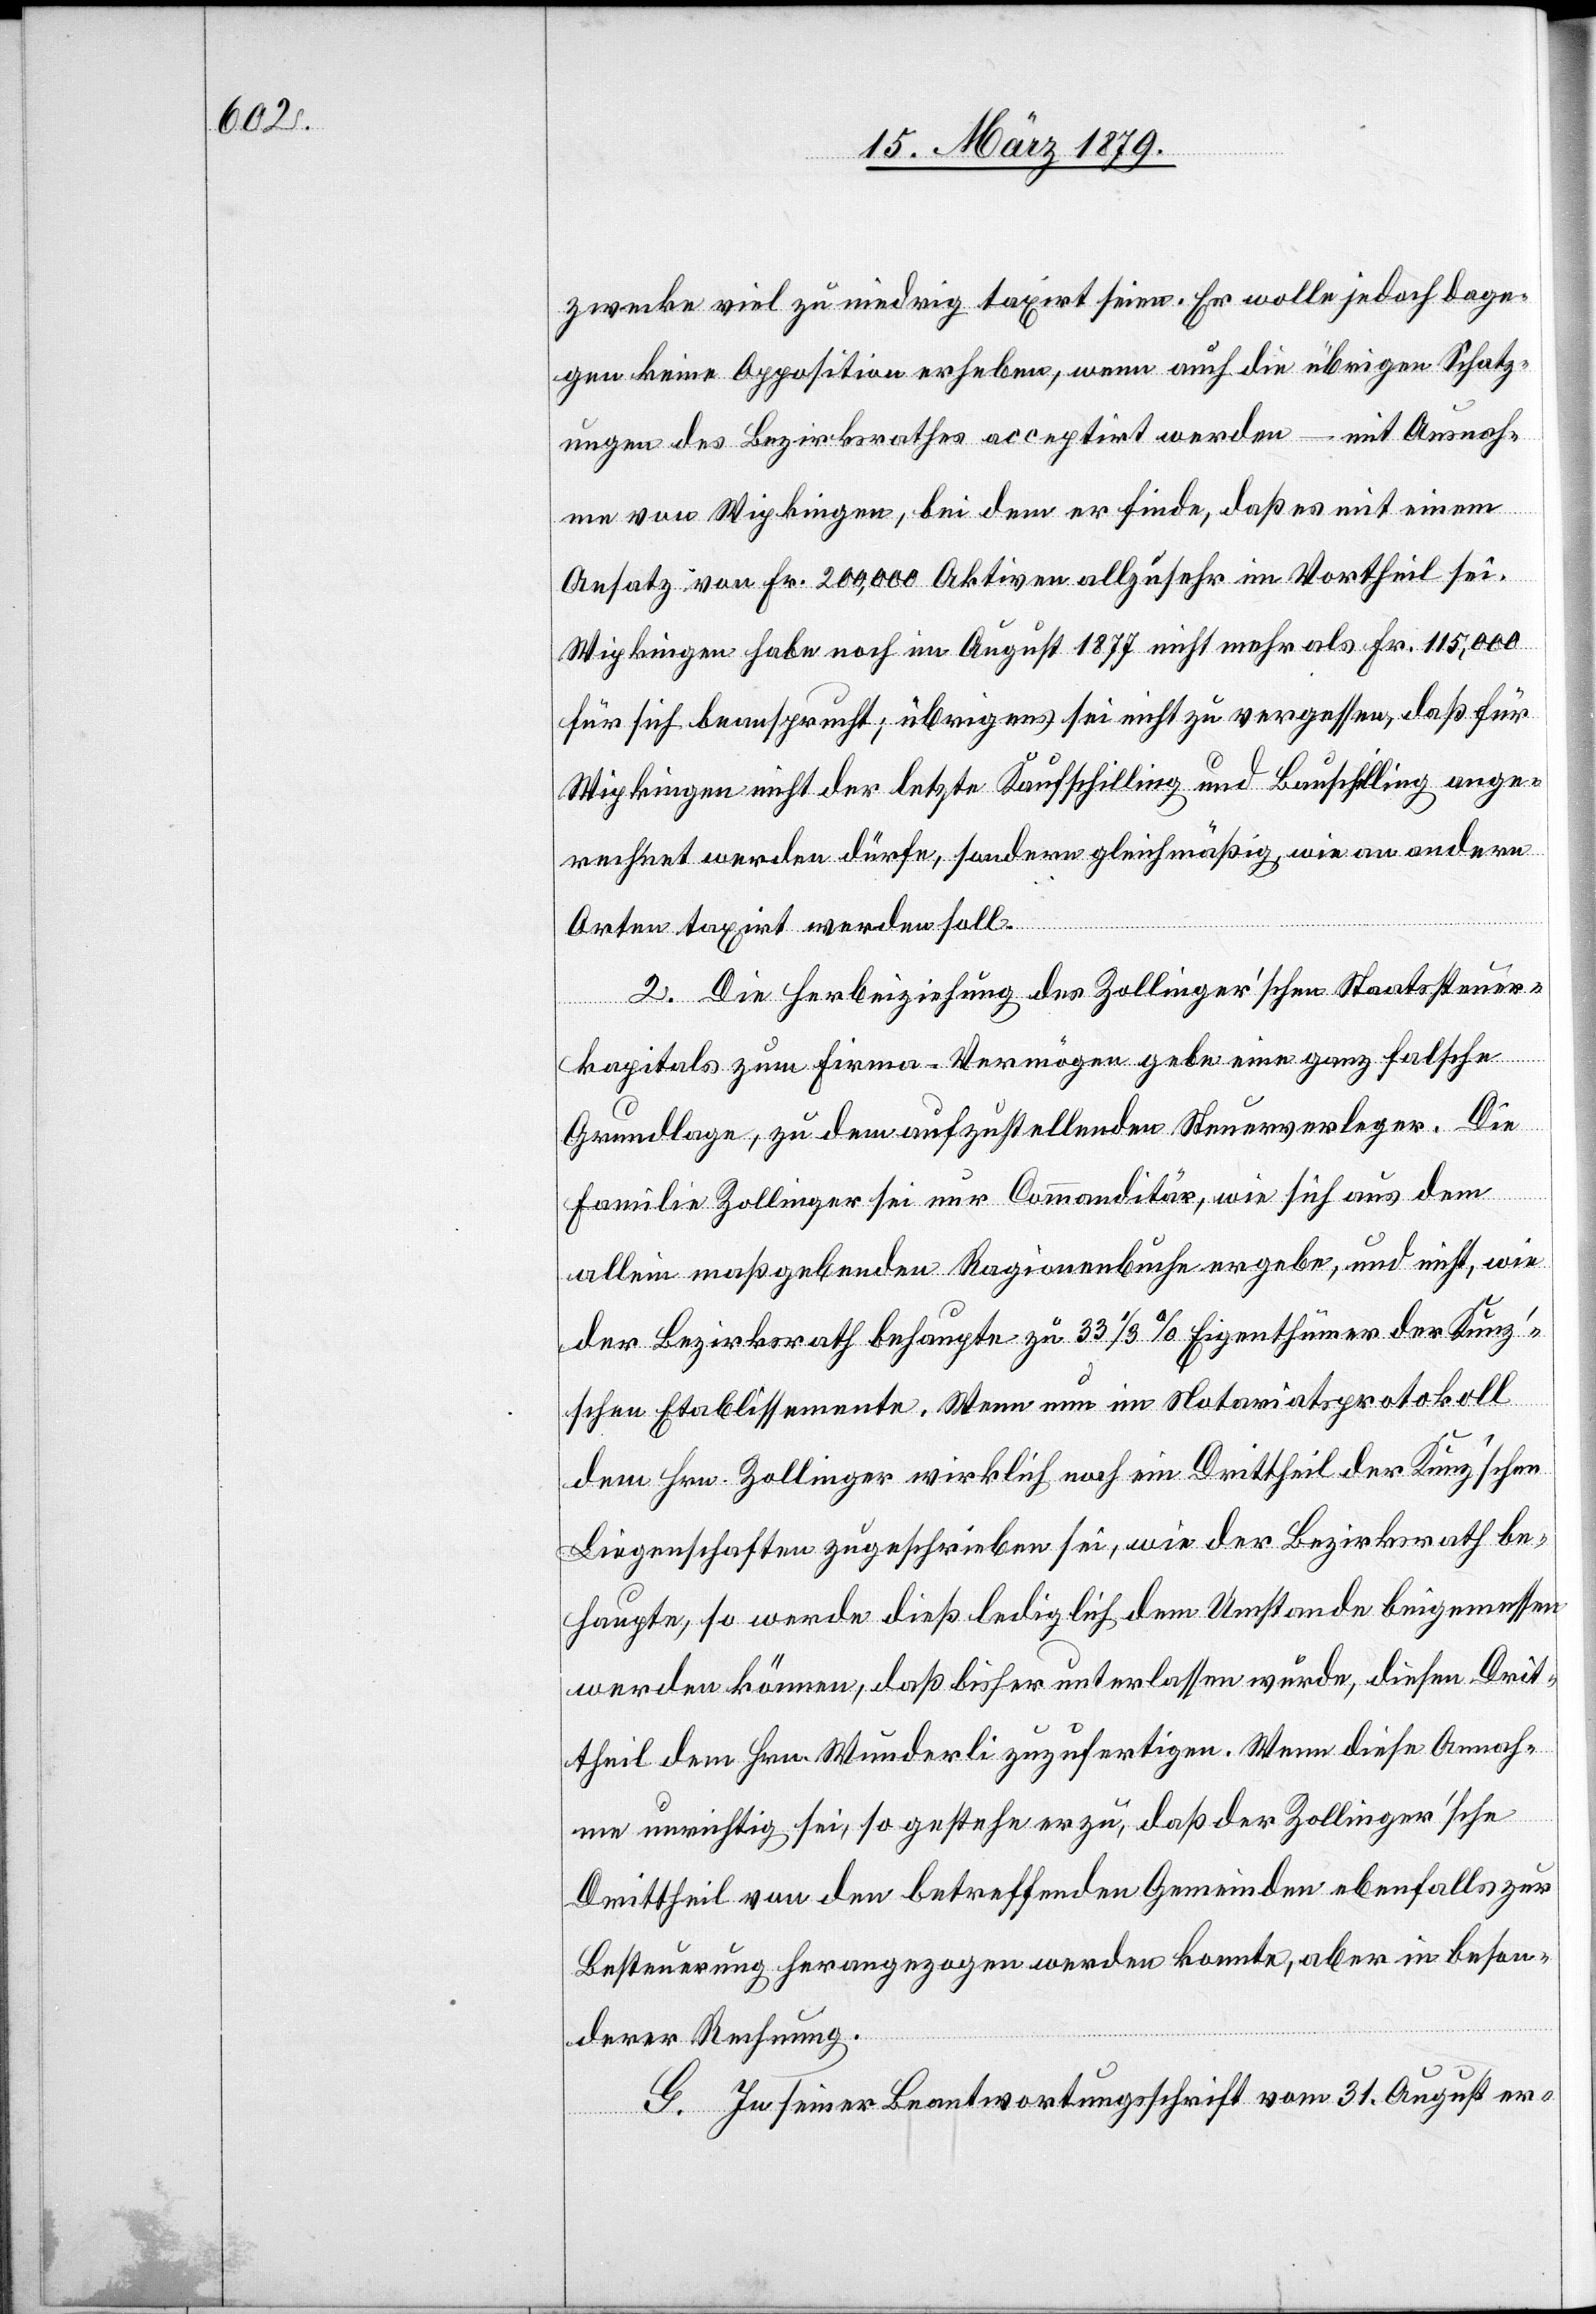
zwecke viel zu niedrig taxirt seien. Er wolle jedoch dage¬
gen keine Opposition erheben, wenn auch die übrigen Schatz¬
ungen des Bezirksrathes acceptirt werden – mit Ausnah¬
me von Wipkingen, bei dem er finde, daß es mit einem
Ansatz von Fr. 200,000 Aktiven allzusehr im Vortheil sei.
Wipkingen habe noch im August 1877 nicht mehr als Fr. 115,000
für sich beansprucht; übrigens sei nicht zu vergessen, daß für
Wipkingen nicht der letzte Kaufschilling und Bauschilling ange¬
rechnet werden dürfe, sondern gleichmäßig, wie an andern
Orten taxirt werden soll.
2. Die Herbeiziehung des Zollinger’schen Staatssteuer¬
kapitals zum Firma-Vermögen gebe eine ganz falsche
Grundlage, zu dem aufzustellenden Steuerverleger. Die
Familie Zollinger sei nur Commanditär, wie sich aus dem
allein maßgebenden Ragionenbuche ergebe, und nicht, wie
der Bezirksrath behaupte zu 33 1/3% Eigenthümer der Kunz’s¬
chen Etablissemente. Wenn nun im Notariatsprotokoll
dem Hrn. Zollinger wirklich noch ein Drittheil der Kunz’schen
Liegenschaften zugeschrieben sei, wie der Bezirksrath be¬
haupte, so werde dieß lediglich dem Umstande beigemessen
werden können, daß bisher unterlassen wurde, diesen Drit¬
theil dem Hrn. Wunderli zuzufertigen. Wenn diese Annah¬
me unrichtig sei, so gestehe er zu, daß der Zollinger’sche
Drittheil von den betreffenden Gemeinden ebenfalls zur
Besteuerung herangezogen werden konnte, aber in beson¬
derer Rechnung.
G. In seiner Beantwortungsschrift vom 31. August er-